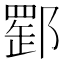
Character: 𨝪